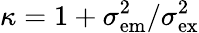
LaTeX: \kappa=1+\sigma_{\mathrm{em}}^{2}/\sigma_{\mathrm{ex}}^{2}